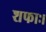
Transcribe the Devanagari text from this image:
शफाः।